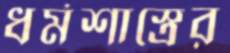
ধর্মশাস্ত্রের